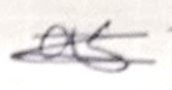
Text: as
Cross-out: scratch
Writing tool: pencil